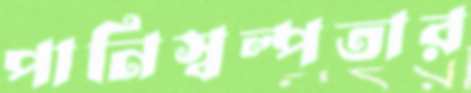
পানিস্বল্পতার